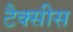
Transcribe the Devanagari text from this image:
टैक्सीस